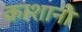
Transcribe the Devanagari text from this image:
काशानी